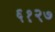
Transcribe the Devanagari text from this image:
६१२७